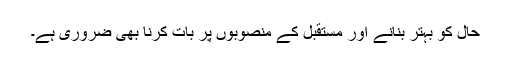
حال کو بہتر بنانے اور مستقبل کے منصوبوں پر بات کرنا بھی ضروری ہے۔